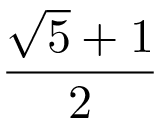
\frac { { \sqrt { 5 } } + 1 } { 2 }